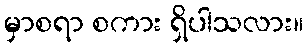
မှာစရာ စကား ရှိပါသလား။